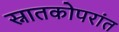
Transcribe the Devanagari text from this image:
स्नातकोपरांत